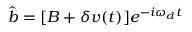
\hat { b } = [ B + \delta v ( t ) ] e ^ { - i \omega _ { d } t }